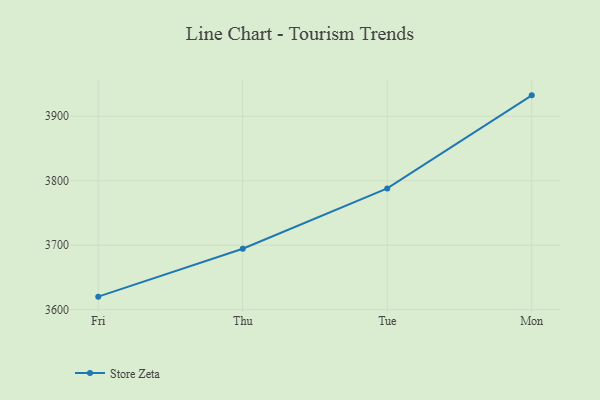
{"axis": {"x": "Day", "y": "Budget (USD K)"}, "legend": ["Store Zeta"], "data": [{"x": "Fri", "y": 3620.3, "type": "Store Zeta"}, {"x": "Thu", "y": 3694.5, "type": "Store Zeta"}, {"x": "Tue", "y": 3788.0, "type": "Store Zeta"}, {"x": "Mon", "y": 3932.3, "type": "Store Zeta"}]}